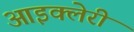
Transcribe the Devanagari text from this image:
आइक्लेरी